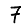
Digit: 7